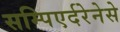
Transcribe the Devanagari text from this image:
सम्पिएर्दरेनेसे